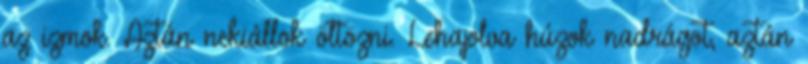
az izmok. Aztán nekiállok öltözni. Lehajolva húzok nadrágot, aztán